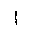
Letter: _alif